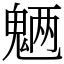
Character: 魉